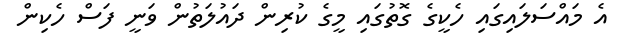
އެ މައްސަލައިގައި ހެކީގެ ގޮތުގައި މީގެ ކުރިން ދައުލަތުން ވަނީ ފަސް ހެކިން